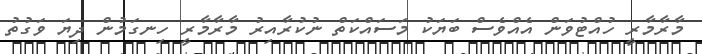
މާރާމާރީ ހުއްޓުވަން އެއްވެސް ބަޔަކު މަސައްކަތް ނުކުރާއިރު މާރާމާރީ ހިނގަމުން ދިޔަ ވަގުތު